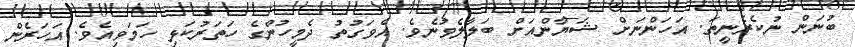
ބުނަން ނުކެރެނީތަ. އަހަންނަށް ޝަޔާންއަށް ބަލާލެވުނެވެ. އެވަގުތު ދެމީހުންގެ ހަތަރުކަޅި ހަމަވިއެވެ. އަހަރެން